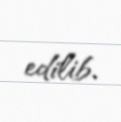
edilib.